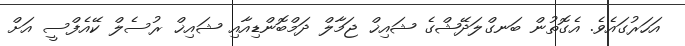
އަހަރުގައެވެ. އެގޮތުން ބަނގްލަދޭޝްގެ ޝައިޚް ޖަމާލް ދަމްބޮންޑިއާއި ޝައިޚް ރުސެލް ކޭއެފްސީ އަށް